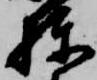
棟